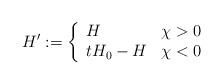
LaTeX: \begin{align*}H':=\left\{ \begin{array}{ll} H & \chi >0 \\t H_0 -H & \chi < 0\end{array} \right.\end{align*}